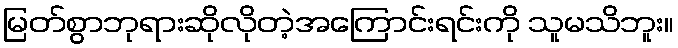
မြတ်စွာဘုရားဆိုလိုတဲ့အကြောင်းရင်းကို သူမသိဘူး။